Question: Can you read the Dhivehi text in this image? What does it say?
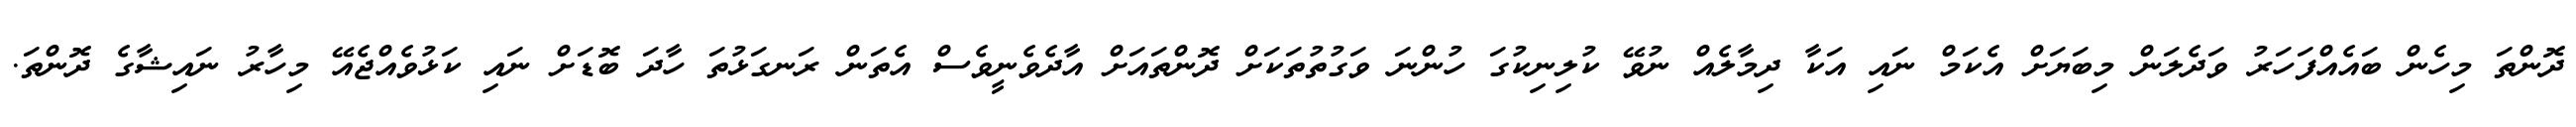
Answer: ދޮންތަ މިހެން ބައެއްފަހަރު ވަދެލަން މިބަޔަށް އެކަމް ނައި އަކާ ދިމާލެއް ނުވޭ ކުލިނިކުގަ ހުންނަ ވަގުތުތަކަށް ދޮންތައަށް އާދެވެނީވެސް އެތަން ރަނގަޅުތަ ހާދަ ބޮޑަށް ނައި ކަޅުވެއްޖެއޭ މިހާރު ނައިޝާގެ ދޮންތަ.